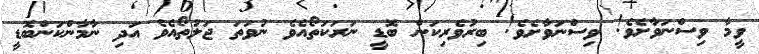
ވީމާ ވިސްނަވާށެވެ! ވިސްނަވާށެވެ! ބިރުވެރިކަން ބޮޑީ ނަރަކަތޯއެވެ ނުވަތަ ޖަލުތޯއެވެ އަދި ނާމާންކަންބޮޑީ